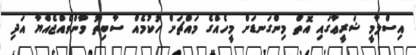
އިސްލާމީ ޝަރީޢާގައި އޮތް މިންގަނޑަށް މީހެއްގެ މައްޗަށް ހުކުމެއް ސާބިތު ވާންވެއްޖެއްޔާ އަދި